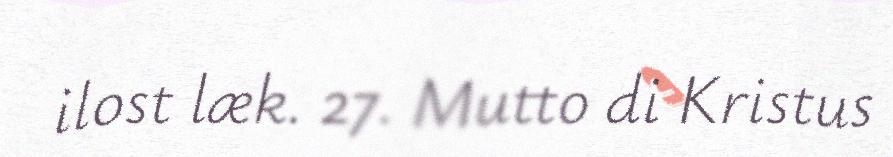
ilost læk. 27. Mutto di Kristus